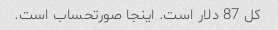
کل 87 دلار است. اینجا صورتحساب است.